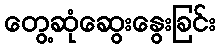
တွေ့ဆုံဆွေးနွေးခြင်း